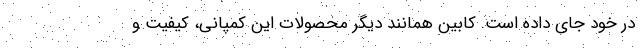
در خود جای داده است. کابین همانند دیگر محصولات این کمپانی، کیفیت و